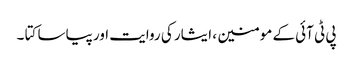
پی ٹی آئی کے مومنین ، ایثار کی روایت اور پیاسا کتا ۔